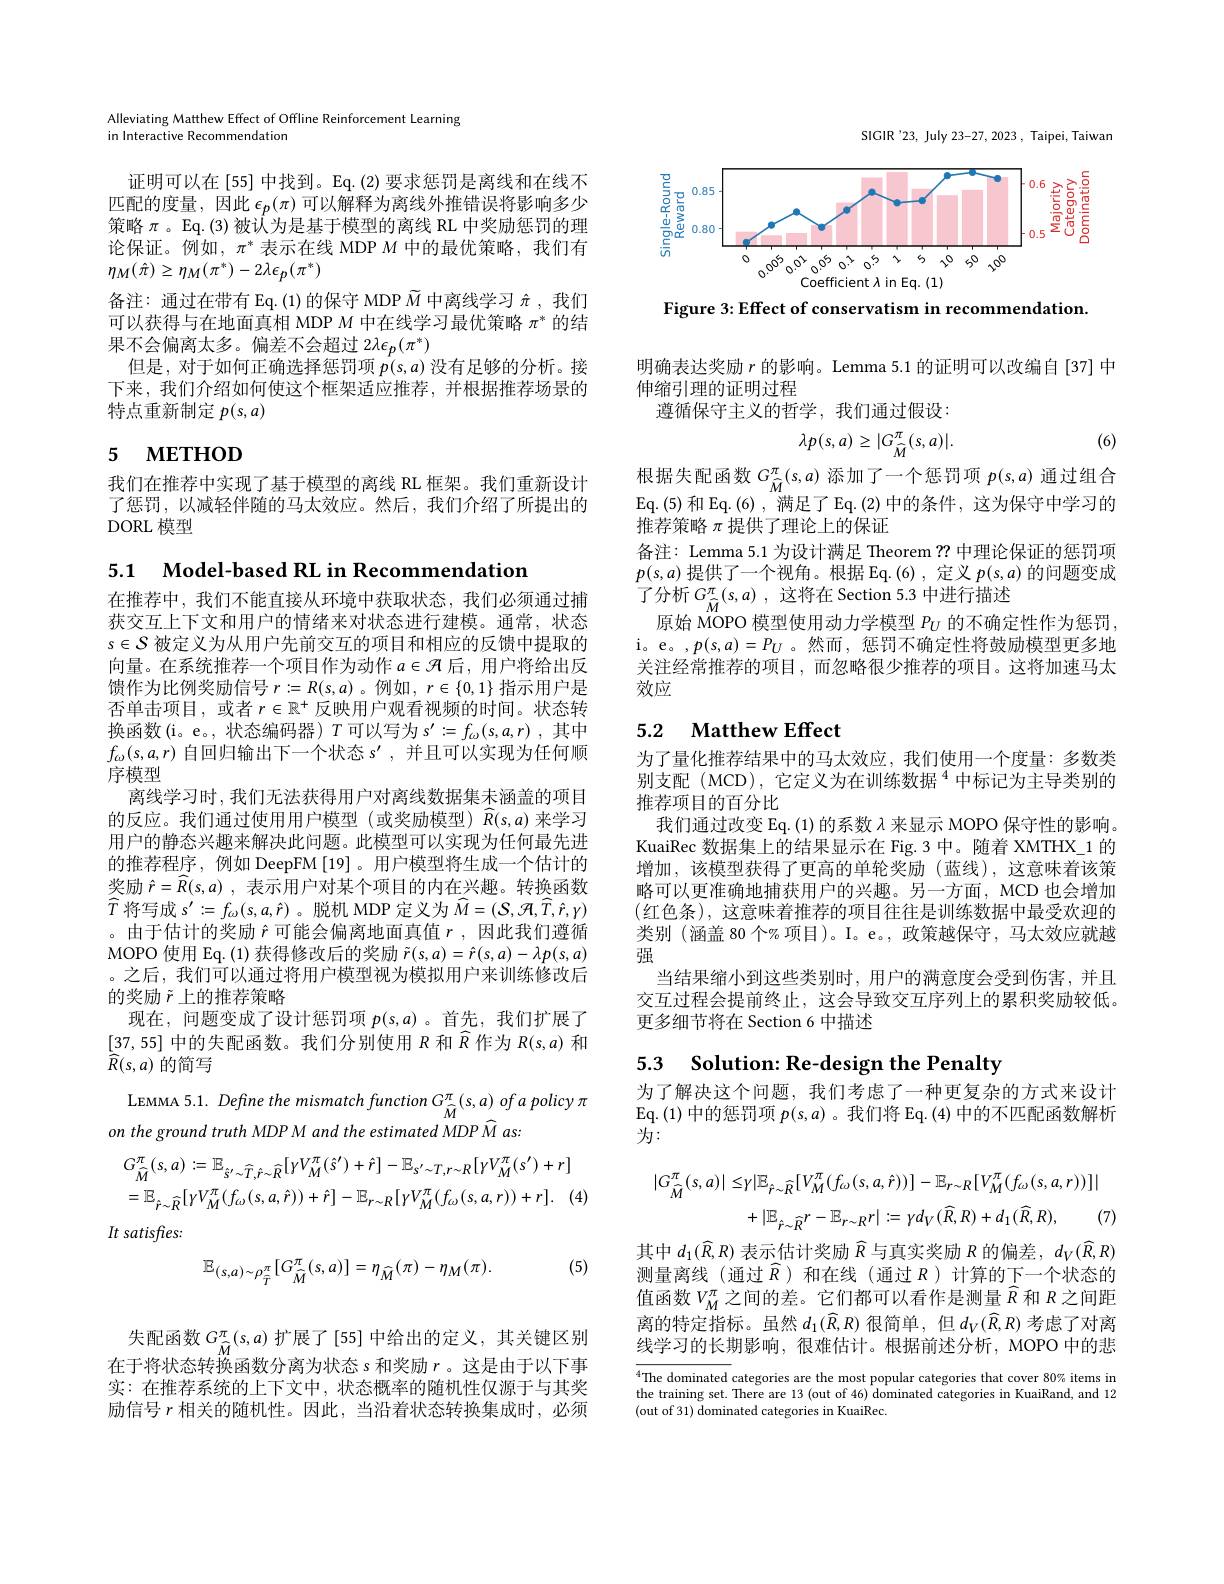
5.1 $\textbf{Model- based RL in Recommendation}$
在推荐中，我们不能直接从环境中获取状态，我们必须通过捕获交互上下文和用户的情绪来对状态进行建模。通常，状态$s\in\mathcal{S}$被定义为从用户先前交互的项目和相应的反馈中提取的向量。在系统推荐一个项目作为动作$a\in\mathcal{H}$后，用户将给出反馈作为比例奖励信号 $r:=R(s,a)$。例如$,r\in\{0,1\}$ 指示用户是否单击项目，或者$r\in\mathbb{R}^+$反映用户观看视频的时间。状态转换函数(i。e。, 状态编码器) $T$可以写为$s^\prime:=f_\omega(s,a,r)$,其中$f_\omega(s,a,r)$自回归输出下一个状态$s^\prime$,并且可以实现为任何顺序模型
离线学习时，我们无法获得用户对离线数据集未涵盖的项目的反应。我们通过使用用户模型(或奖励模型)$\widehat{R}(s,a)$来学习用户的静态兴趣来解决此问题。此模型可以实现为任何最先进的推荐程序，例如 DeepFM[19]。用户模型将生成一个估计的奖励$\hat{r} = \widehat{R} ( s, a)$ ,表示用户对某个项目的内在兴趣。转换函数$\widehat{T}$ 将 写 成 $s^{\prime }: = f_{\omega }( s, a, \hat{r} )$ 。脱机 MDP 定义为$\widehat{M}=(\mathcal{S},\mathcal{H},\widehat{T},\hat{r},\gamma)$ 。由于估计的奖励$\hat{r}$可能会偏离地面真值$r$,因此我们遵循MOPO 使用 Eq. (1) 获得修改后的奖励$\tilde{r}(s,a)=\hat{r}(s,a)-\lambda p(s,a)$ 。之后，我们可以通过将用户模型视为模拟用户来训练修改后的奖励$\tilde{r}$上的推荐策略
现在，问题变成了设计惩罚项$p(s,a)$ 。首先，我们扩展了[37,55]中的失配函数。我们分别使用$R$和$\widehat{R}$作为$R(s,a)$和$\bar{\widehat{R}}(s,a)$的简写
LEMMA 5. 1. Define the mismatch function $G_{\widehat{M} }^{\pi }$( s, a) of a policy $\pi$
on the ground truth MDP M and the estimated MDP $\widehat{M}$ as:
$$G_{\widehat M}^{\pi}(s,a):=\mathbb{E}_{\hat{s}^{\prime}\sim\widehat T,\hat{r}\sim\widehat R}[\gamma V_{M}^{\pi}(\hat{s}^{\prime})+\hat{r}]-\mathbb{E}_{s^{\prime}\sim T,r\sim R}[\gamma V_{M}^{\pi}(s^{\prime})+r]\\=\mathbb{E}_{\hat{r}\sim\widehat R}[\gamma V_{M}^{\pi}(f_{\omega}(s,a,\hat{r}))+\hat{r}]-\mathbb{E}_{r\sim R}[\gamma V_{M}^{\pi}(f_{\omega}(s,a,r))+r].\quad($$
It satisfies:
(5)
$$\mathbb{E}_{(s,a)\sim\rho_{\widehat T}^{\pi}}[G_{\widehat M}^{\pi}(s,a)]=\eta_{\widehat M}(\pi)-\eta_{M}(\pi).$$
在于将状态转换函数分离为状态 s 和奖励$r$ 。这是由于以下事实：在推荐系统的上下文中，状态概率的随机性仅源于与其奖励信号$r$相关的随机性。因此，当沿着状态转换集成时，必须

Alleviating Matthew Effect of Offline Reinforcement Learning
in Interactive Recommendation

证明可以在[55] 中找到。Eq.(2) 要求惩罚是离线和在线不匹配的度量，因此$\epsilon_p(\pi)$可以解释为离线外推错误将影响多少策略$\pi$ 。Eq.(3)被认为是基于模型的离线 RL 中奖励惩罚的理论保证。例如，$\pi^*$表示在线 MDP $M$中的最优策略，我们有$\eta_{M}(\hat{\pi})\geq\eta_{M}(\pi^{*})-2\lambda\epsilon_{p}(\pi^{*})$
备注：通过在带有 Eq. (1)的保守 MDP $\tilde{M}$中离线学习$\hat{\pi}$,我们可以获得与在地面真相 MDP $M$中在线学习最优策略$\pi^*$的结果不会偏离太多。偏差不会超过$2\lambda\epsilon_p(\pi^*)$
但是，对于如何正确选择惩罚项$p(s,a)$没有足够的分析。接下来，我们介绍如何使这个框架适应推荐，并根据推荐场景的特点重新制定$p(s,a)$

# 5 мЕтнод

我们在推荐中实现了基于模型的离线 RL 框架。我们重新设计了惩罚，以减轻伴随的马太效应。然后，我们介绍了所提出的DORL 模型

SIGIR'23, July 23-27, 2023, Taipei, Taiwan

<FigureHere>

Figure 3: Effect of conservatism in recommendation.

明确表达奖励$r$的影响。Lemma 5.1 的证明可以改编自[37]中
伸缩引理的证明过程
遵循保守主义的哲学，我们通过假设：

(6)
$$\lambda p(s,a)\geq|G_{\widehat M}^{\pi}(s,a)|.$$
根据失配函数$G_{\widehat{M}}^\pi(s,a)$添加了一个惩罚项$p(s,a)$通过组合Eq. ( 5) 和 Eq.(6), 满足了 Eq.(2)中的条件，这为保守中学习的推荐策略$\pi$提供了理论上的保证
备注：Lemma 5.1 为设计满足 Theorem ??中理论保证的惩罚项$p(s,a)$提供了一个视角。根据 Eq.(6),定义$p(s,a)$的问题变成了分析$G_{\widehat{M} }^{\pi }( s, a)$ ,这将在 Section 5.3 中进行描述
原始 MOPO 模型使用动力学模型$P_U$的不确定性作为惩罚， i。e。,$p(s,a)=P_U$。然而，惩罚不确定性将鼓励模型更多地关注经常推荐的项目，而忽略很少推荐的项目。这将加速马太效应

## 5.2 $\textbf{Matthew Effect}$

为了量化推荐结果中的马太效应，我们使用一个度量：多数类别支配(MCD),它定义为在训练数据$^{4}$中标记为主导类别的推荐项目的百分比
我们通过改变 Eq. (1) 的系数$\lambda$来显示 MOPO 保守性的影响。KuaiRec 数据集上的结果显示在 Fig.3 中。随着 XMTHX\_1 的增加，该模型获得了更高的单轮奖励(蓝线),这意味着该策略可以更准确地捕获用户的兴趣。另一方面，MCD 也会增加(红色条),这意味着推荐的项目往往是训练数据中最受欢迎的类别(涵盖 80 个%项目)。I。e。,政策越保守，马太效应就越强
当结果缩小到这些类别时，用户的满意度会受到伤害，并且交互过程会提前终止，这会导致交互序列上的累积奖励较低。更多细节将在 Section 6 中描述

# 5.3 $\textbf{Solution: Re- design the Penalty}$

为了解决这个问题，我们考虑了一种更复杂的方式来设计Eq. ( 1) 中 的 惩 罚 项 $p( s, a)$ 。我们将 Eq.(4) 中的不匹配函数解析为：
$$\begin{aligned}|G_{\widehat{M}}^{\pi}(s,a)|\leq&\gamma|\mathbb{E}_{\hat{r}\sim\widehat{R}}[V_{M}^{\pi}(f_{\omega}(s,a,\hat{r}))]-\mathbb{E}_{r\sim R}[V_{M}^{\pi}(f_{\omega}(s,a,r))]|\\&+|\mathbb{E}_{\hat{r}\sim\widehat{R}}r-\mathbb{E}_{r\sim R}r|:=\gamma d_{V}(\widehat{R},R)+d_{1}(\widehat{R},R),\quad(7)\end{aligned}$$
其中$d_1(\widehat{R},R)$表示估计奖励$\widehat{R}$与真实奖励$R$的偏差$,d_V(\widehat{R},R)$ 测量离线(通过$\widehat{R}$)和在线(通过 $R$)计算的下一个状态的值函数$V_M^\pi$之间的差。它们都可以看作是测量$\widehat{R}$ 和$R$之间距离的特定指标。虽然$d_1(\widehat{R},R)$很简单，但$d_V(\widehat{R},R)$考虑了对离线学习的长期影响，很难估计。根据前述分析，MOPO 中的悲

$\overline{{^4\text{The dominated }}}$categories are the most popular categories that cover 80% items in the trrainina set There are 13 (out of A6) dominated catarories in KuaiBand and 12 the training set. There are 13 (out of 46) dominated categories in KuaiRand, and 12 (out of 31) dominated categories in KuaiRec.